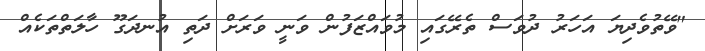
"ވޭތުވެދިޔަ އަހަރު ދުވަސް ތެރޭގައި މުވައްޒަފުން ވަނީ ވަރަށް ދަތި އުނދަގޫ ހާލަތްތަކެއް